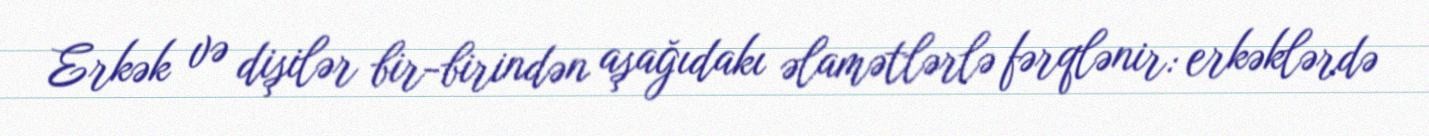
Erkək və dişilər bir-birindən aşağıdakı əlamətlərlə fərqlənir: erkəklərdə